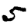
Digit: 5